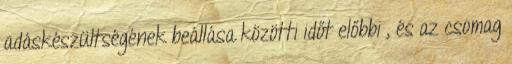
adáskészültségének beállása közötti időt előbbi , és az csomag